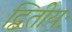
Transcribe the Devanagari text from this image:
द्वितीयः